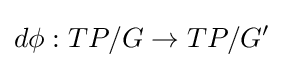
d\phi :TP/G\to TP/G'